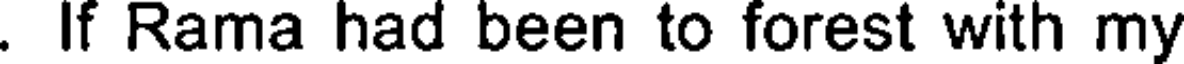
. If Rama had been to forest with my